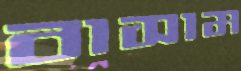
বাসাম